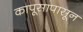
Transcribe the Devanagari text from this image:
कापूसापासून